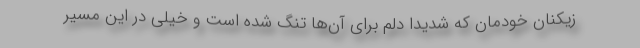
زیکنان خودمان که شدیدا دلم برای آن‌ها تنگ شده است و خیلی در این مسیر